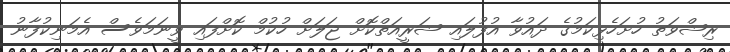
ރިޝްވަތު ހުށަހެޅިކަމުގެ ދައުވާ އުފުލައި ޝަރީއަތްކޮށް ޖަލަށް ހުކުމް ކޮށްފައި ވީނަމަވެސް އެމަނިކުފާނު